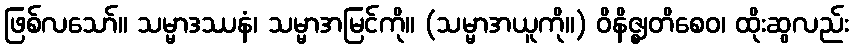
ဖြစ်လသော်။ သမ္မာဒဿနံ၊ သမ္မာအမြင်ကို။ (သမ္မာအယူကို။) ဝိနိဇ္ဈတိစေဝ၊ ထိုးဆွလည်း